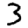
Digit: 3